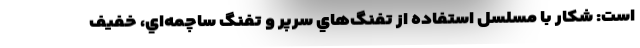
است: شكار با مسلسل استفاده از تفنگ‌هاي سرپر و تفنگ ساچمه‌اي، خفيف